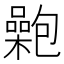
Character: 𡂟